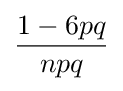
{\frac {1-6pq}{npq}}